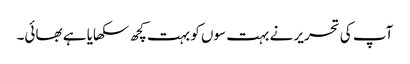
آپ کی تحریر نے بہت سوں کو بہت کچھ سکھایا ہے بھائی۔